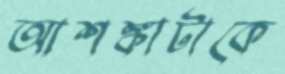
আশঙ্কাটাকে